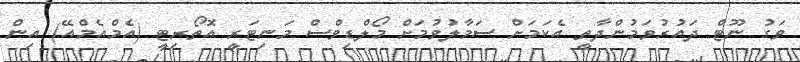
ވަގު ނޫޓް ދައުރުވަމުންދާތީ އެކަމަށް ސަމާލުވުމަށް މޯލްޑިވްސް މަނިޓަރީ އޮތޯރިޓީ (އެމްއެމްއޭ) އިން